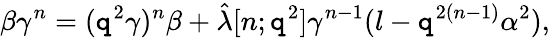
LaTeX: \beta\gamma^{n}=(\mathtt{q}^{2}\gamma)^{n}\beta+\hat{{\lambda}}[n;\mathtt{q}^{2}]\gamma^{n-1}(l-\mathtt{q}^{2(n-1)}\alpha^{2}),